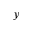
y